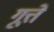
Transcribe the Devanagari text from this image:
गूत्ते